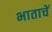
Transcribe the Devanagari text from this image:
भाताचें